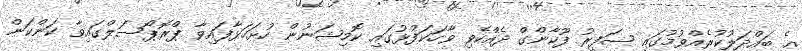
އެ ބައްދަލުކުރެއްވުމުގައި ސަފީރު ފޫކާންގް ދެއްކެވި ވާހަކަފުޅުގައި ކޮމިޝަނުން ހުށަހަޅާފައިވާ ޕްރޮޕޯސަލްގައިވާ ކަންކަން